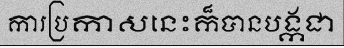
ការប្រកាសនេះក៏បានបង្កជា